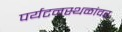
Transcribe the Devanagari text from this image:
पर्यटनस्थळांवर